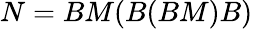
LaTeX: N=BM(B(BM)B)